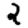
Digit: 2